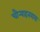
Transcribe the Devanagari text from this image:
चौर्‍याहत्तरावा